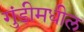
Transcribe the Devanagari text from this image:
गुंडीमधील